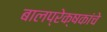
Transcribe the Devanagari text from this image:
बालप्रेक्षकांचे